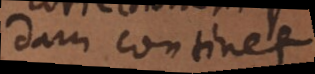
quandam continet.